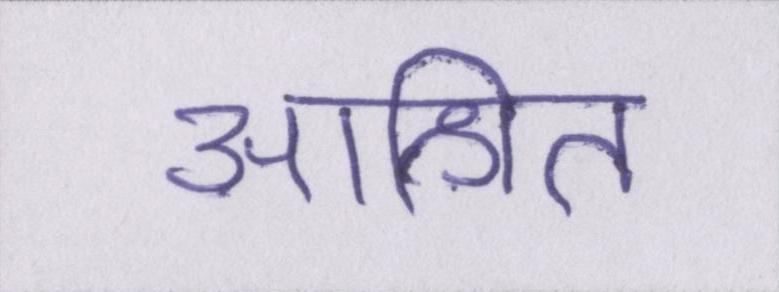
आश्रित